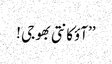
’’آؤکانتی بھوجی !